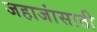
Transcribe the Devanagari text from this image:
जहाजांसाठी